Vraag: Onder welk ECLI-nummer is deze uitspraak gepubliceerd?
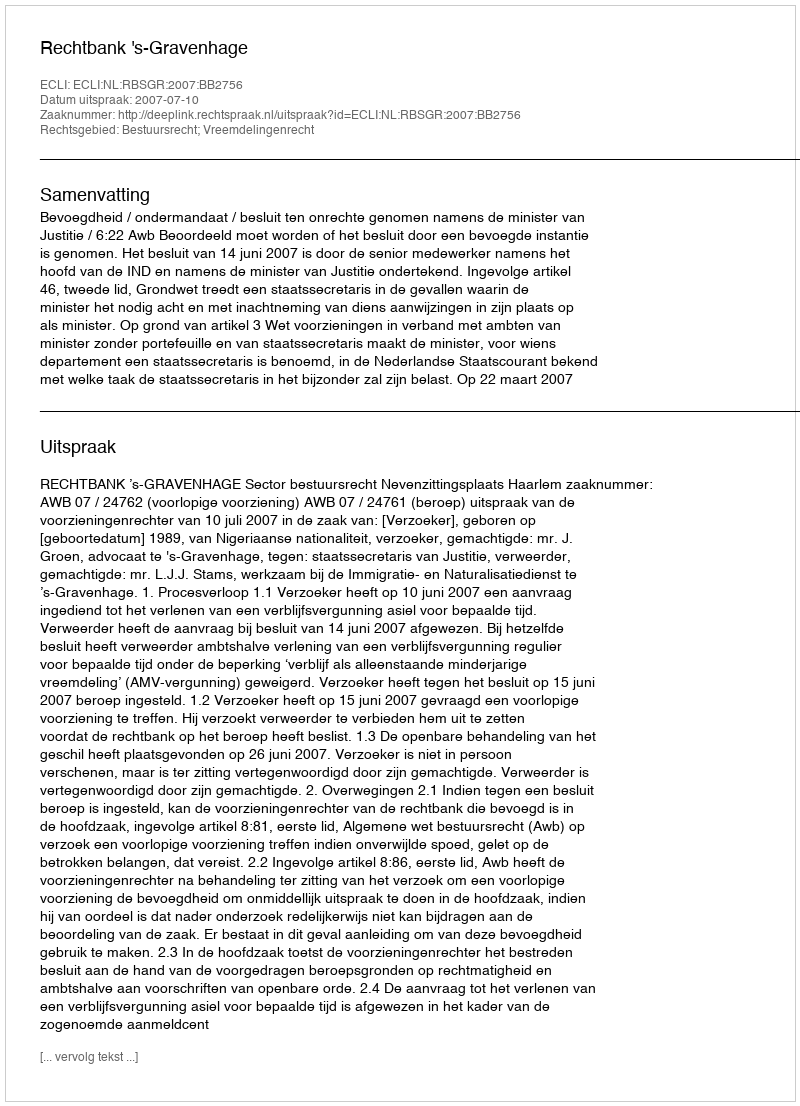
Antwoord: ECLI:NL:RBSGR:2007:BB2756